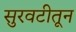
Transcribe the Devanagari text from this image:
सुरवटीतून